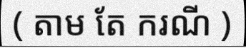
( តាម តែ ករណី )